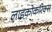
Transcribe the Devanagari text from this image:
लाइकोकॉरेक्स